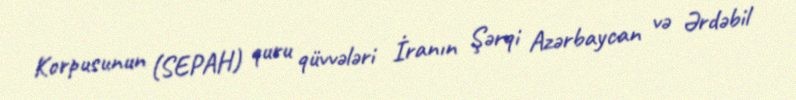
Korpusunun (SEPAH) quru qüvvələri İranın Şərqi Azərbaycan və Ərdəbil